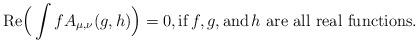
LaTeX: \begin{align*}\textup{Re}\Big(\int f A_{\mu, \nu}(g, h)\Big) =0, \textup{if\,} f, g, \textup{and\,} h\, \textup{\,are all real functions}.\end{align*}